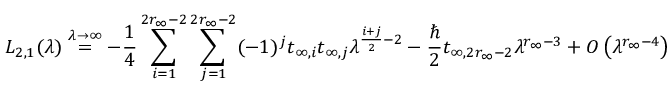
L _ { 2 , 1 } ( \lambda ) \overset { \lambda \to \infty } { = } - \frac { 1 } { 4 } \sum _ { i = 1 } ^ { 2 r _ { \infty } - 2 } \sum _ { j = 1 } ^ { 2 r _ { \infty } - 2 } ( - 1 ) ^ { j } t _ { \infty , i } t _ { \infty , j } \lambda ^ { \frac { i + j } { 2 } - 2 } - \frac { \hbar } { 2 } t _ { \infty , 2 r _ { \infty } - 2 } \lambda ^ { r _ { \infty } - 3 } + O \left( \lambda ^ { r _ { \infty } - 4 } \right)